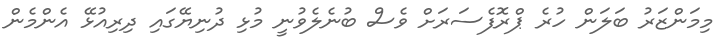
މިމަންޒަރު ބަލަން ހުރެ ޕްރޮފެސަރަށް ވެސް ބުނެލެވުނީ މުޅި ދުނިޔޭގައި ދިރިއުޅޭ އެންމެން